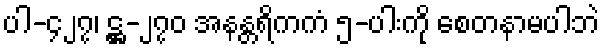
ပါ-၄၂၇၊ ဋ္ဌ-၂၇၀ အနန္တရိကကံ ၅-ပါးကို စေတနာမပါဘဲ